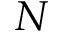
N